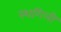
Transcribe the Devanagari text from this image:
स्थगिली